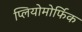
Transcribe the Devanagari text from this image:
प्लियोमोर्फिक